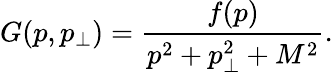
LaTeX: G(p,p_{\perp})=\frac{f(p)}{p^{2}+p_{\perp}^{2}+M^{2}}.